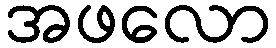
အဖလော